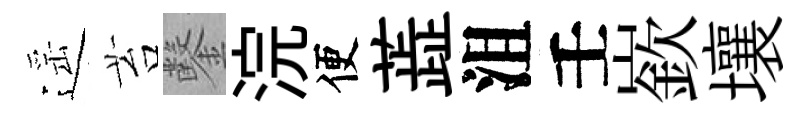
遥苔鑿浣便蕋沮壬嶔壤